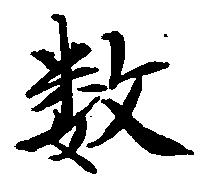
数